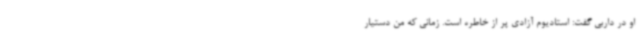
او در داربی گفت: استادیوم آزادی پر از خاطره است. زمانی که من دستیار